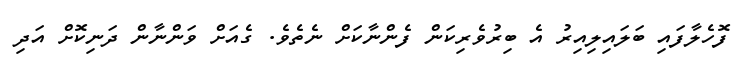
ފޮހެލާފައި ބަލައިލިއިރު އެ ބިރުވެރިކަން ފެންނާކަށް ނެތެވެ. ގެއަށް ވަންނާން ދަނިކޮށް އަދި